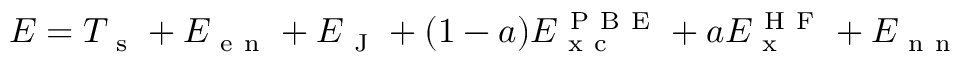
E = T _ { \mathrm { ~ s ~ } } + E _ { \mathrm { ~ e ~ n ~ } } + E _ { \mathrm { ~ J ~ } } + ( 1 - a ) E _ { \mathrm { ~ x ~ c ~ } } ^ { \mathrm { ~ P ~ B ~ E ~ } } + a E _ { \mathrm { ~ x ~ } } ^ { \mathrm { ~ H ~ F ~ } } + E _ { \mathrm { ~ n ~ n ~ } }